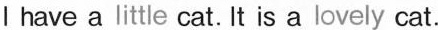
I have a little cat. It is a lovely cat.